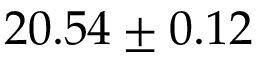
2 0 . 5 4 \pm 0 . 1 2